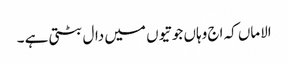
الاماں کہ اج وہاں جوتیوں میں دال بٹتی ہے ۔